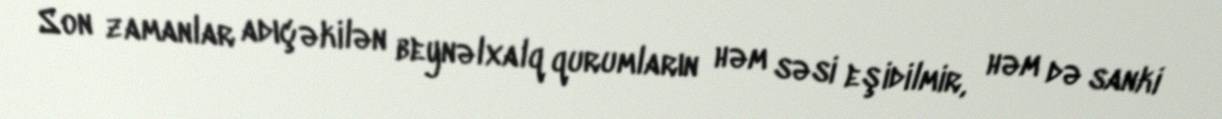
Son zamanlar adıçəkilən beynəlxalq qurumların həm səsi eşidilmir, həm də sanki